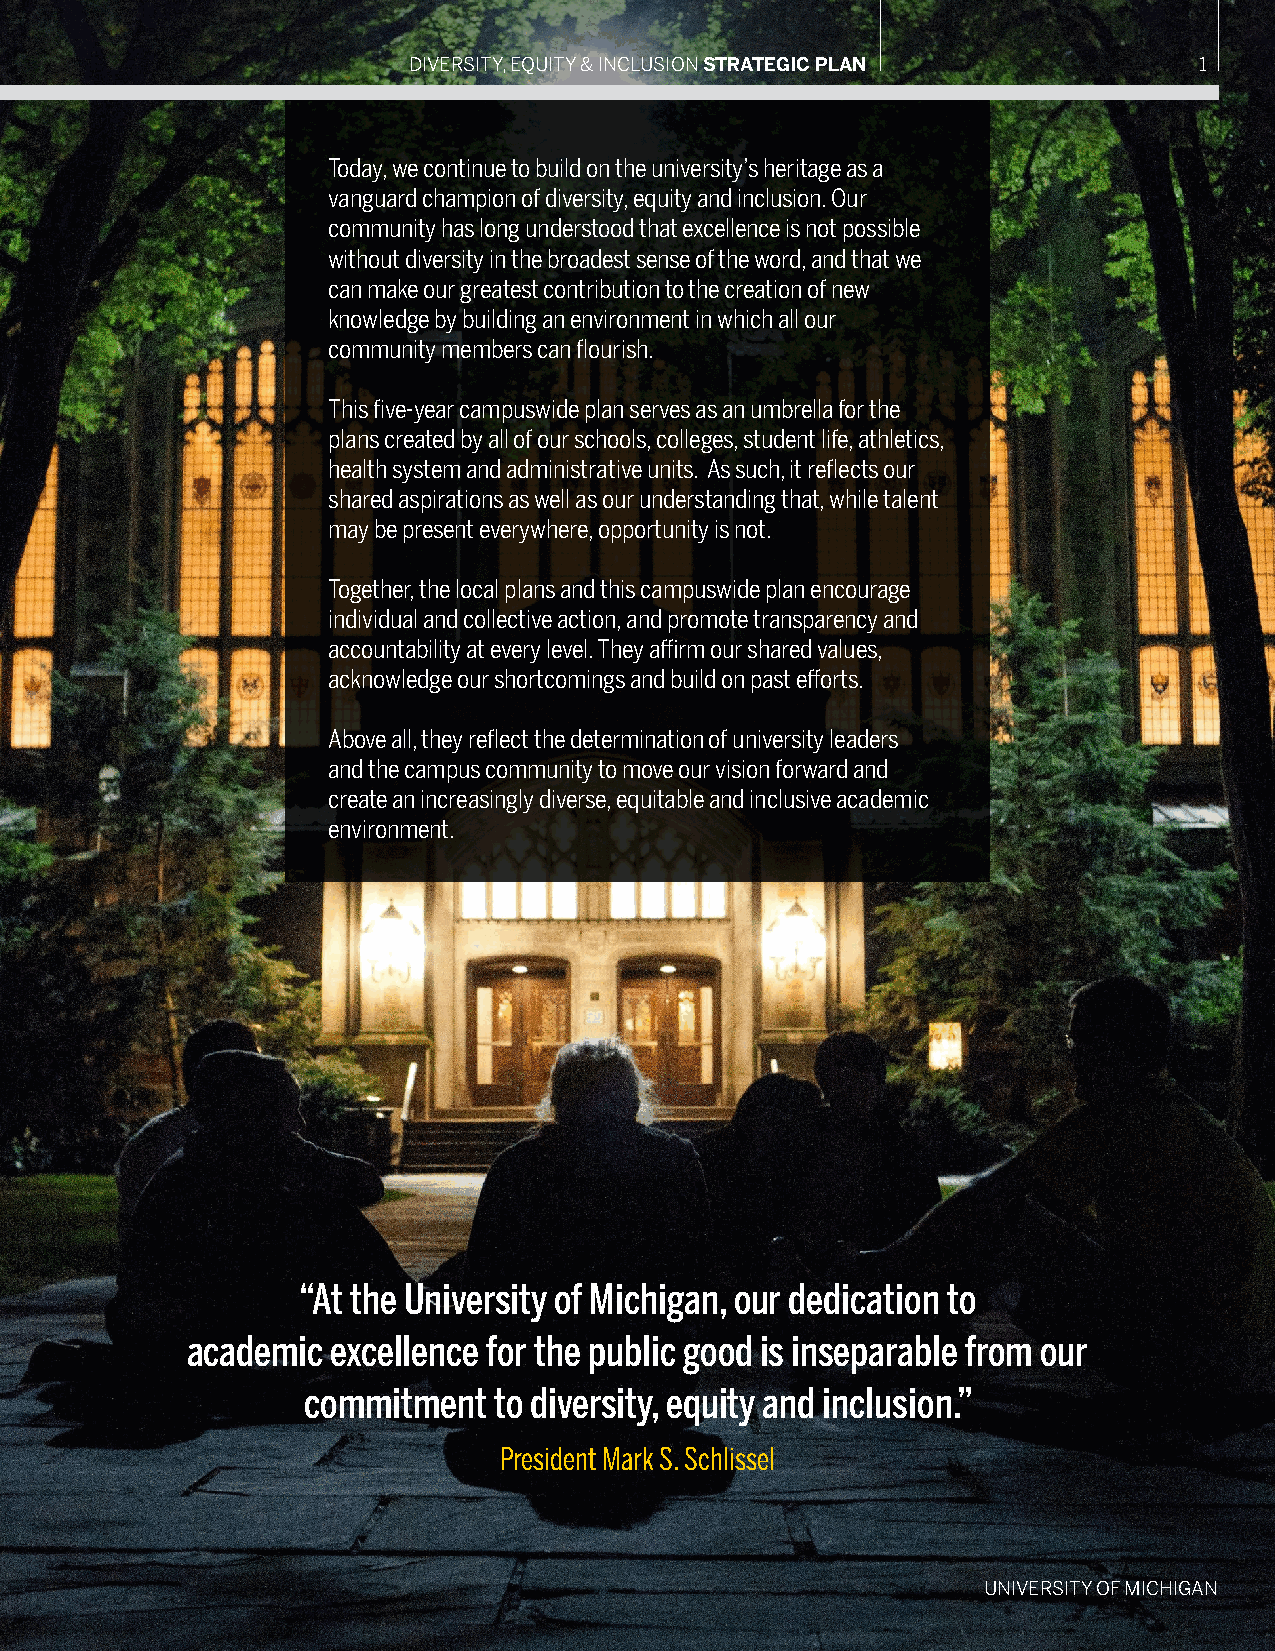
DIVERSITY, EQUITY & INCLUSION STRATEGIC PLAN        1
 Today, we continue to build on the university’s heritage as a
 vanguard champion of diversity, equity and inclusion. Our
 community has long understood that excellence is not possible
 without diversity in the broadest sense of the word, and that we
 can make our greatest contribution to the creation of new
 knowledge by building an environment in which all our
 community members can flourish.
 This five-year campuswide plan serves as an umbrella for the
 plans created by all of our schools, colleges, student life, athletics,
 health system and administrative units. As such, it reflects our
 shared aspirations as well as our understanding that, while talent
 may be present everywhere, opportunity is not.
 Together, the local plans and this campuswide plan encourage
 individual and collective action, and promote transparency and
 accountability at every level. They affirm our shared values,
 acknowledge our shortcomings and build on past efforts.
 Above all, they reflect the determination of university leaders
 and the campus community to move our vision forward and
 create an increasingly diverse, equitable and inclusive academic
 environment.
 “At the University of Michigan, our dedication to
 academic  excellence for the public good is inseparable from our
 commitment   to diversity, equity and inclusion.”
 President Mark S. Schlissel
 UNIVERSITY OF MICHIGAN